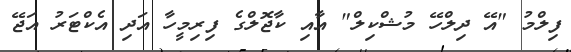
ފިލްމު "އޭ ދިލްހޭ މުޝްކިލް" އާއި ކާޖޮލްގެ ފިރިމީހާ އަދި އެކްޓަރު އަޖޭ